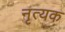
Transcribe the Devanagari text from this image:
नृत्यक